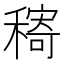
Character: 𱶠